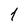
Character: 1